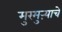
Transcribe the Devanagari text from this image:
मुरमुऱ्याचे